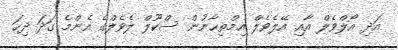
އަދި އޯލްވެލް އާއި އޭލެވެލް އިމްތިޙާނުން ސްކޫލް ލެވެލްގެ އެންމެ ގަދަ ދިހަ